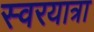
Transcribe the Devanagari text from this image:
स्वरयात्रा